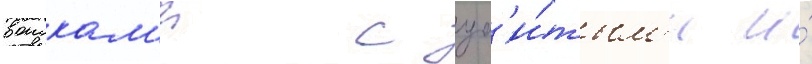
воискам'и с уб'и́тым'и и́